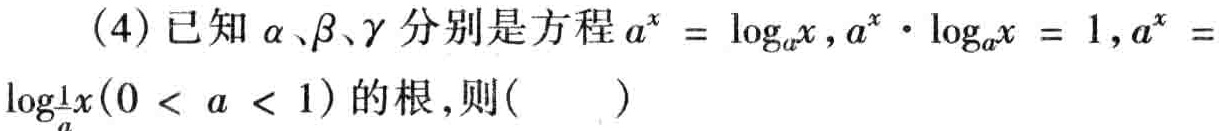
(4)已知\(\alpha、\beta、\gamma\)分别是方程\(a^{x}=\log_{a}x,a^{x}\cdot\log_{a}x = 1,a^{x}=\log_{\frac{1}{a}}x(0 < a < 1)\)的根,则( )